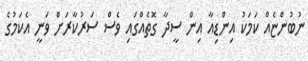
ނުބުންޏެއް ކަމަކު އިންޑިއާ އިން ސީދާ ގޮތެއްގައި ވެސް ސަރުކާރަށް ވަނީ އެކަމުގެ